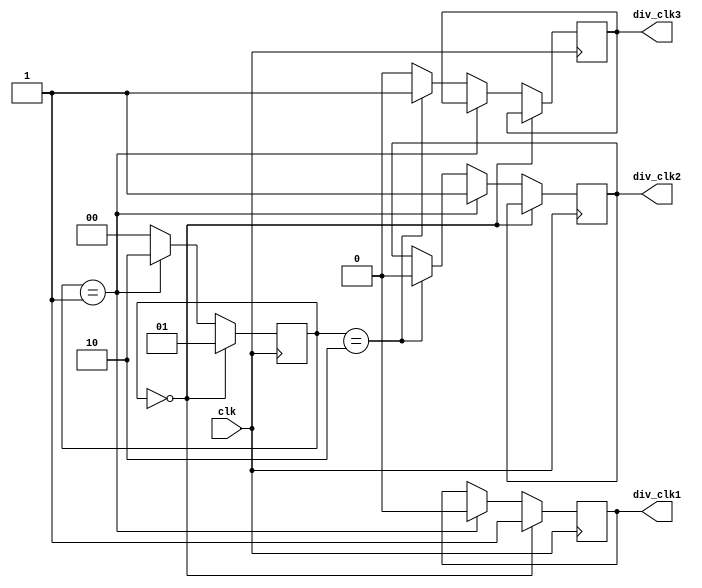
module timing_control_and_sync (
    input wire clk,
    output reg div_clk1,
    output reg div_clk2,
    output reg div_clk3
);

reg [1:0] counter;

always @(posedge clk) begin
    if (counter == 2'b00) begin
        counter <= 2'b01;
        div_clk1 <= 1'b1;
    end else if(counter == 2'b01) begin
        counter <= 2'b10;
        div_clk1 <= 1'b0;
        div_clk2 <= 1'b1;
    end else if(counter == 2'b10) begin
        counter <= 2'b00;
        div_clk2 <= 1'b0;
        div_clk3 <= 1'b1;
    end else begin
        counter <= 2'b00;
        div_clk3 <= 1'b0;
    end
end

endmodule